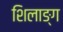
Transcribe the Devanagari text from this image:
शिलाङ्ग